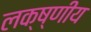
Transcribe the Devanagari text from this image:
लक्ष्णीय